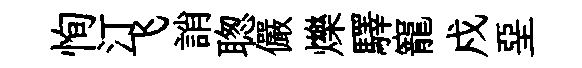
恂汀飞誚聦儼爍驛寵戍堊